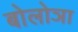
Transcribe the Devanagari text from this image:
बोलोञा